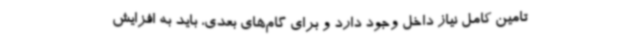
تامین کامل نیاز داخل وجود دارد و برای گام‌های بعدی، باید به افزایش